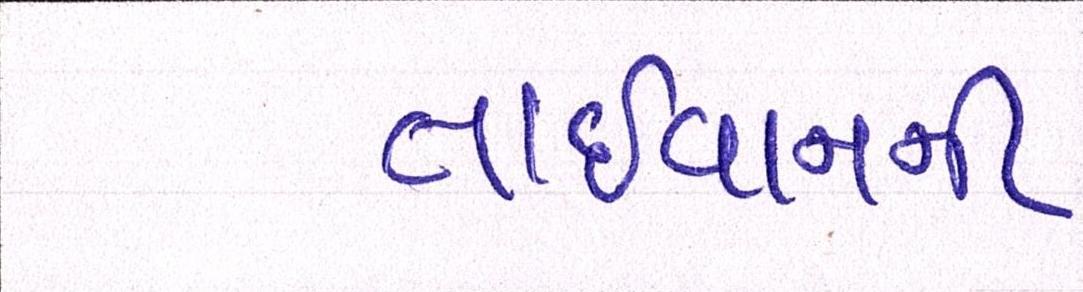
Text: તાઈવાનની